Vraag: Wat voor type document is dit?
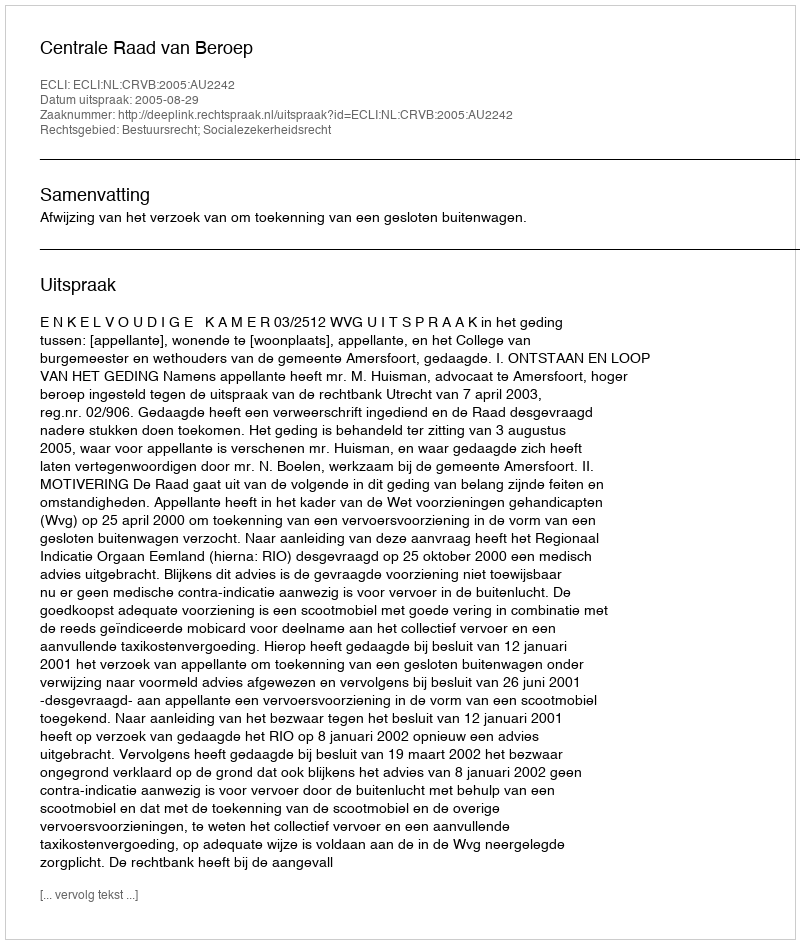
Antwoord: Uitspraak